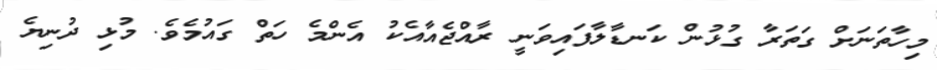
މިހާތަނަށް ގަތަރާ ގުޅުން ކަނޑާލާފައިވަނީ ރާއްޖެއާއެކު އެންމެ ހަތް ގައުމެވެ. މުޅި ދުނިޔެ